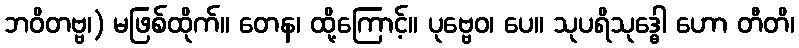
ဘဝိတဗ္ဗ၊) မဖြစ်ထိုက်။ တေန၊ ထို့ကြောင့်။ ပုဗ္ဗေဝ၊ ပေ။ သုပရိသုဒ္ဓေါ ဟော တီတိ၊